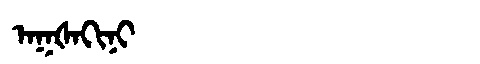
Manchu: ᠠᡴᡧᠠᡴᡳᠨᡳ
Romanization: AKŠAKINI